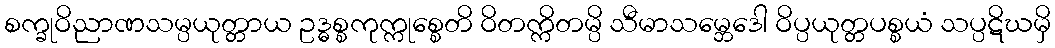
စက္ခုဝိညာဏသမ္ပယုတ္တာယ ဥဒ္ဓစ္စကုက္ကုစ္စေတိ ဝိတက္ကိတမ္ပိ သီမာသမ္ဘေဒေါ ဝိပ္ပယုတ္တပစ္စယံ သပ္ပဋိဃမှိ